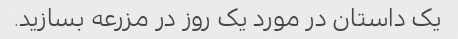
یک داستان در مورد یک روز در مزرعه بسازید.